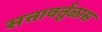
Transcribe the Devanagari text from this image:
सत्तावर्तुळास